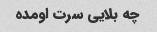
چه بلایی سرت اومده